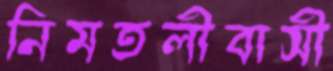
নিমতলীবাসী